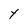
Character: Y